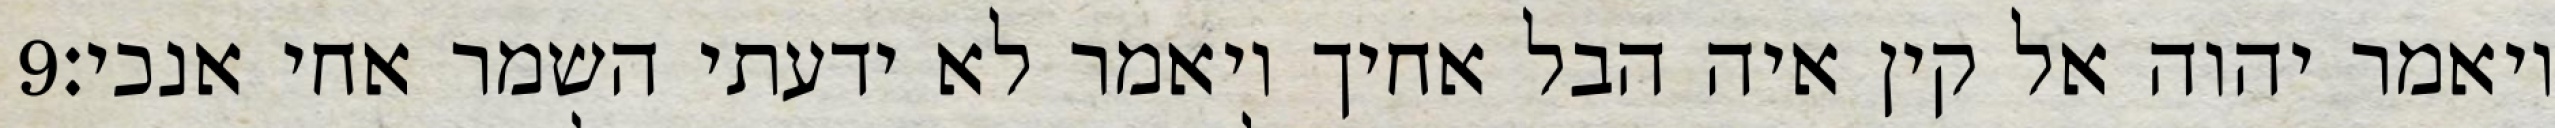
‎9‏ ויאמר יהוה אל קין איה הבל אחיך ויאמר לא ידעתי השמר אחי אנכי׃